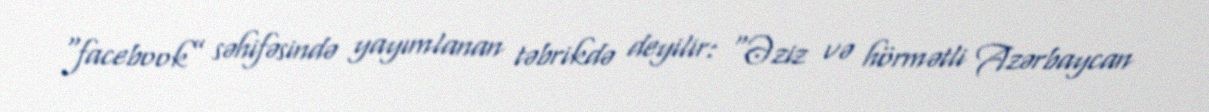
“facebook” səhifəsində yayımlanan təbrikdə deyilir: “Əziz və hörmətli Azərbaycan